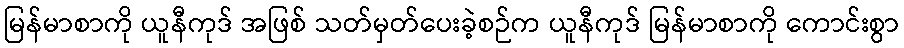
မြန်မာစာကို ယူနီကုဒ် အဖြစ် သတ်မှတ်ပေးခဲ့စဉ်က ယူနီကုဒ် မြန်မာစာကို ကောင်းစွာ